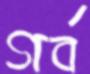
গর্ব